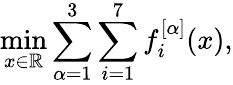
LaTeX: \operatorname*{min}_{x\in\mathbb{R}}\sum_{\alpha=1}^{3}\sum_{i=1}^{7}f_{i}^{[\alpha]}(x),